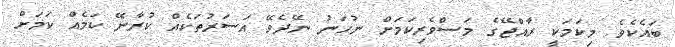
ބައެކެވެ. މިކަމަކީ ރާއްޖޭގެ މަސްވެރިކަމަށް ނުހަނު ނޭދެވޭ އަސަރުތަކެއް ކުރާނޭ ކަމެއް ކަމަށް